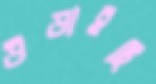
উড়াইছি